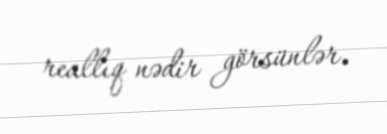
reallıq nədir görsünlər.